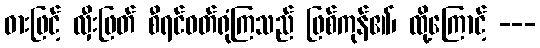
ဓားဖြင့် လှီးဖြတ် စီရင်ဝတ်ရုံကြသည် ဖြစ်ကုန်၏၊ ထို့ကြောင့် ---